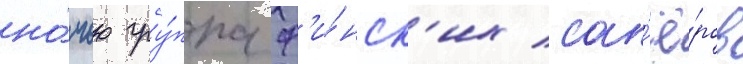
но́чью гру́ппа ф'и́нск'их сап'ё́ров